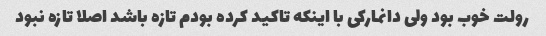
رولت خوب بود ولی دانمارکی با اینکه تاکید کرده بودم تازه باشد اصلا تازه نبود